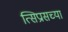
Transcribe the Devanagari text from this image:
त्सिप्रासच्या